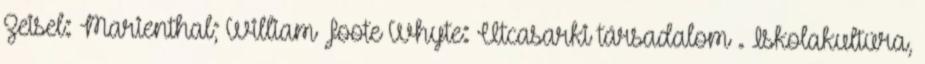
Zeisel: Marienthal; William Foote Whyte: Utcasarki társadalom . Iskolakultúra,